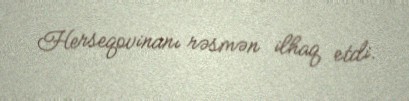
Herseqovinanı rəsmən ilhaq etdi.